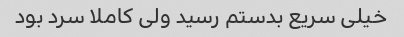
خیلی سریع بدستم رسید ولی کاملا سرد بود